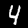
Label: 4